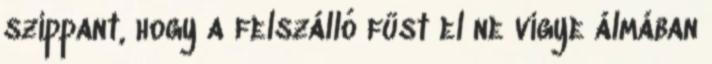
szippant, hogy a felszálló füst el ne vigye álmában